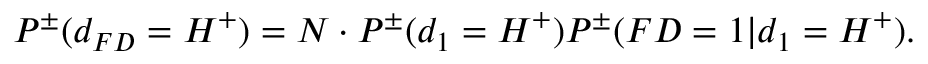
\begin{array} { r } { P ^ { \pm } ( d _ { F D } = H ^ { + } ) = N \cdot P ^ { \pm } ( d _ { 1 } = H ^ { + } ) P ^ { \pm } ( F D = 1 | d _ { 1 } = H ^ { + } ) . } \end{array}